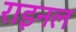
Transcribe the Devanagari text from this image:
राइनल